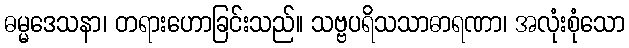
ဓမ္မဒေသနာ၊ တရားဟောခြင်းသည်။ သဗ္ဗပရိသသာဓာရဏာ၊ အလုံးစုံသော